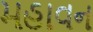
મહાવન